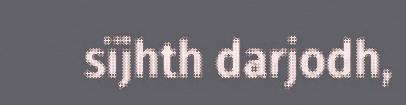
sïjhth darjodh,